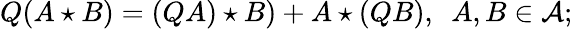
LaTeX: Q(A\star B)=(QA)\star B)+A\star(QB),~~A,B\in{\cal A};